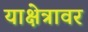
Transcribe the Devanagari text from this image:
याक्षेत्रावर